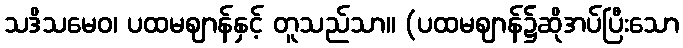
သဒိသမေဝ၊ ပထမဈာန်နှင့် တူသည်သာ။ (ပထမဈာန်၌ဆိုအပ်ပြီးသော